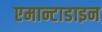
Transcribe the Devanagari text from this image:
एमान्टाडाइन